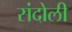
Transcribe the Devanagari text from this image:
संदोली